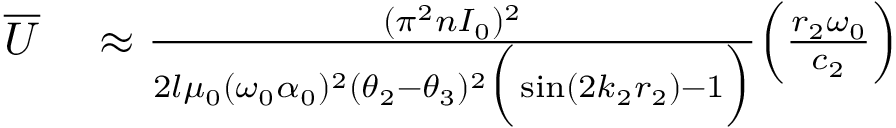
\begin{array} { r l } { \overline { { U } } } & { { } \approx \frac { ( \pi ^ { 2 } n I _ { 0 } ) ^ { 2 } } { 2 l \mu _ { 0 } ( \omega _ { 0 } \alpha _ { 0 } ) ^ { 2 } ( \theta _ { 2 } - \theta _ { 3 } ) ^ { 2 } \Big ( \sin ( 2 k _ { 2 } r _ { 2 } ) - 1 \Big ) } \Big ( \frac { r _ { 2 } \omega _ { 0 } } { c _ { 2 } } \Big ) } \end{array}